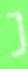
נ